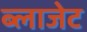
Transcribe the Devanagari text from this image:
ब्लाजेट